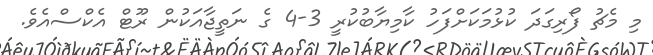
މި މެޗު ފޯރިގަދަ ކުޅުމަކަށްފަހު ކާމިޔާބުކުރީ 3-4 ގެ ނަތީޖާއަކުން ރޫޓް އެކްސްއެވެ.